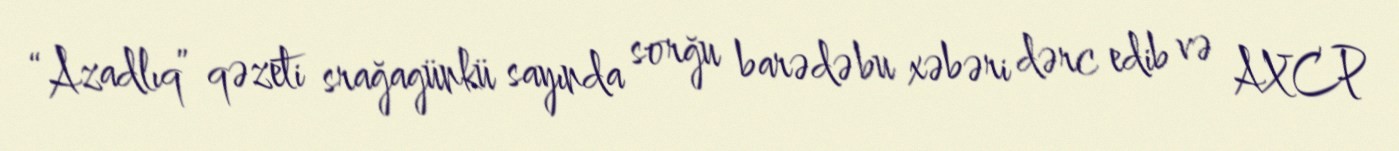
“Azadlıq” qəzeti srağagünkü sayında sorğu barədə bu xəbəri dərc edib və AXCP